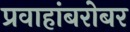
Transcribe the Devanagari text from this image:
प्रवाहांबरोबर